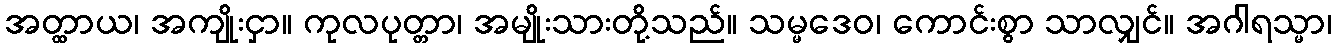
အတ္ထာယ၊ အကျိုးငှာ။ ကုလပုတ္တာ၊ အမျိုးသားတို့သည်။ သမ္မဒေဝ၊ ကောင်းစွာ သာလျှင်။ အဂါရသ္မာ၊